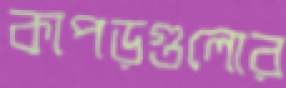
কাপড়গুলোর